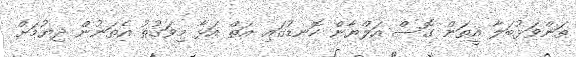
ތަންވަޅުބަލާ އީތަން ގޮސް އަލްޔާން ކޮނޑުގައި އަތް އަޅާ މިވަގުތު އެތަނުން ދިޔުމަށް